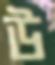
উ